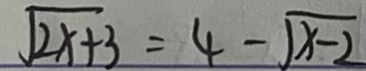
\sqrt { 2 x + 3 } = 4 - \sqrt { x - 2 }